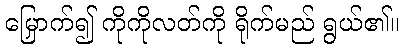
မြှောက်၍ ကိုကိုလတ်ကို ရိုက်မည် ရွယ်၏။